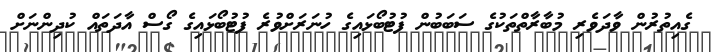
ގެއިތުރުން ވާދަވެރި މުބާރާތްތަކުގެ ސަބަބުން ފުޓުބޯޅައިގެ ހުނަރަށްވުރެ ފުޓުބޯޅައިގެ ގޯސް އާދަތައް ކުުދިންނަށް